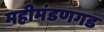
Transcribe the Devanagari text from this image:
महीमंडणगड